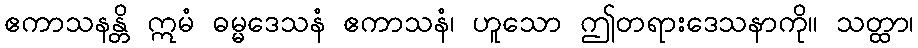
ဧကာသနန္တိ ဣမံ ဓမ္မဒေသနံ ဧကာသနံ၊ ဟူသော ဤတရားဒေသနာကို။ သတ္ထာ၊